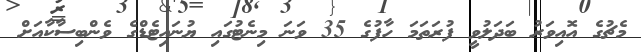
މެޗުގެ އޮއިވަރު ބަދަލުވީ ފުރަތަމަ ހާފުގެ 35 ވަަނަ މިނެޓުގައި ޔުނައިޓެޑްގެ ވެންބިސާކާއަށް